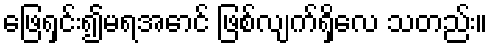
ဖြေရှင်း၍မရအောင် ဖြစ်လျက်ရှိလေ သတည်း။